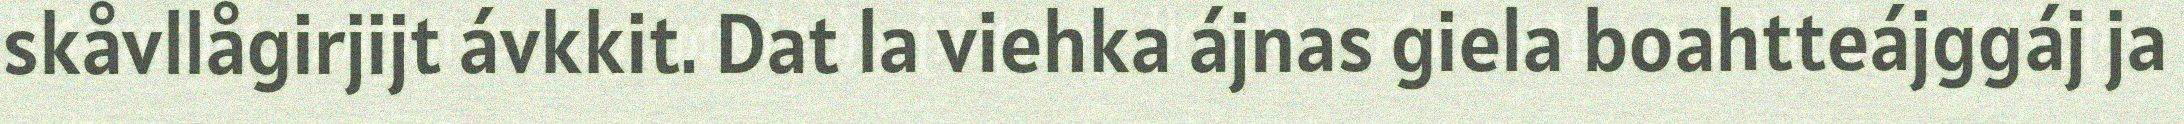
skåvllågirjijt ávkkit. Dat la viehka ájnas giela boahtteájggáj ja